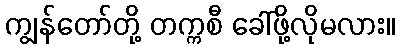
ကျွန်တော်တို့ တက္ကစီ ခေါ်ဖို့လိုမလား။